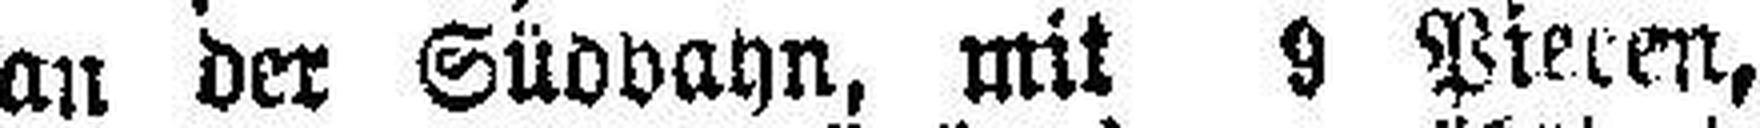
an der Südbahn, mit 9 Pieren,